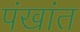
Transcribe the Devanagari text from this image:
पंखांत